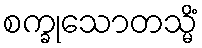
စက္ခုသောတသ္မိံ